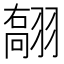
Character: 𦑽